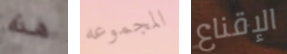
هذه المجموعه الإقناع